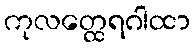
ကုလတ္ထေရဂါထာ